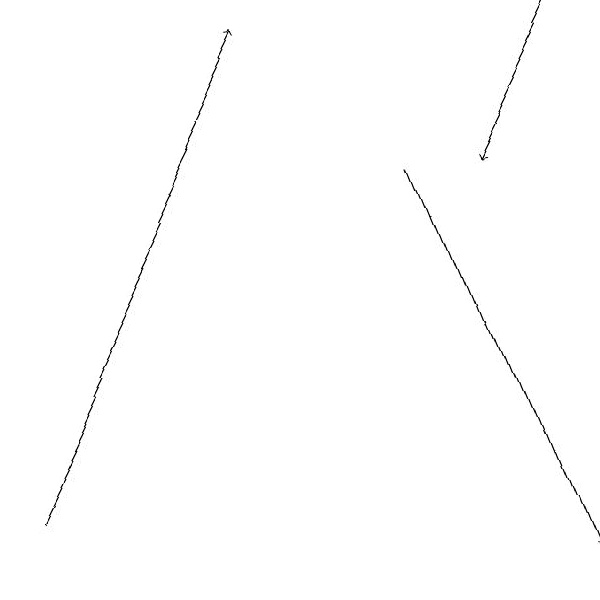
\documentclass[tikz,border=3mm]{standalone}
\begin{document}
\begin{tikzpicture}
\draw[->] (7,19) -- (6,17);
\draw[->] (5,17) -- (7,12);
\draw[->] (0,13) -- (3,19);
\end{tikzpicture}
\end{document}